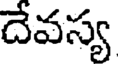
దేవస్య